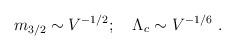
LaTeX: \begin{align*}m_{3/2}\sim V^{-1/2}; \quad \Lambda_c\sim V^{-1/6}\ .\end{align*}